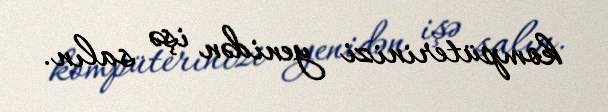
kompüterinizi yenidən işə salın.